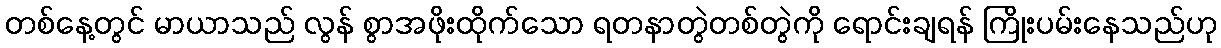
တစ်နေ့တွင် မာယာသည် လွန် စွာအဖိုးထိုက်သော ရတနာတွဲတစ်တွဲကို ရောင်းချရန် ကြိုးပမ်းနေသည်ဟု